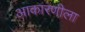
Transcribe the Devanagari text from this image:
आकारणीला